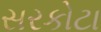
સરકોટા